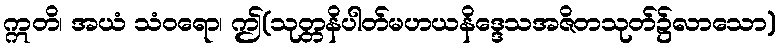
ဣတိ၊ အယံ သံဝရော၊ ဤ(သုတ္တနိပါတ်မဟယနိဒ္ဒေသအဇိတသုတ်၌လာသော)